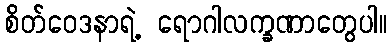
စိတ်ဝေဒနာရဲ့ ရောဂါလက္ခဏာတွေပါ။